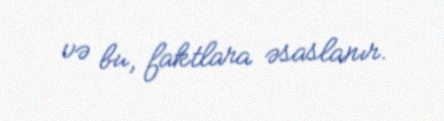
və bu, faktlara əsaslanır.